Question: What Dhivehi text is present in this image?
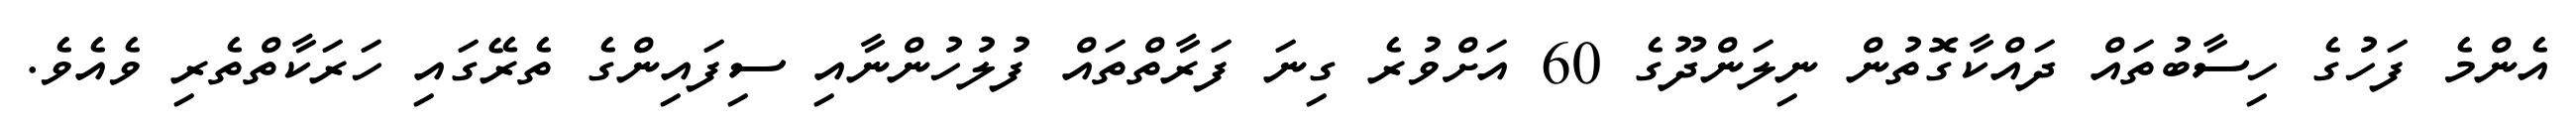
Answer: އެންމެ ފަހުގެ ހިސާބުތައް ދައްކާގޮތުން ނިލަންދޫގެ 60 އަށްވުރެ ގިނަ ފަރާތްތައް ފުލުހުންނާއި ސިފައިންގެ ތެރޭގައި ހަރަކާތްތެރި ވެއެވެ.